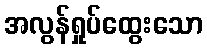
အလွန်ရှုပ်ထွေးသော